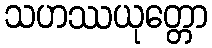
သဟဿယုတ္တော